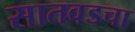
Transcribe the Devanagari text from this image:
सातवडचा